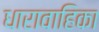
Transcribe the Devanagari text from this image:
धारावाहिका